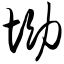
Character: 坳